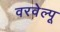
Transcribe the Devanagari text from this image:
वरवेल्पू